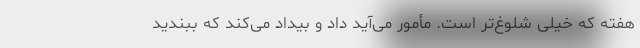
هفته که خیلی شلوغ‌تر است. مأمور می‌آید داد و بیداد می‌کند که ببندید